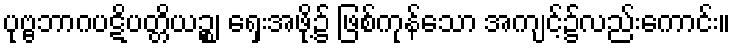
ပုဗ္ဗဘာဂပဋိပတ္တိယဉ္စ၊ ရှေးအဖို့၌ ဖြစ်ကုန်သော အကျင့်၌လည်းကောင်း။